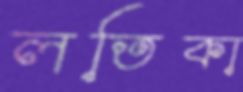
লতিকা